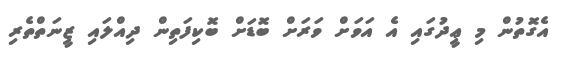
އެގޮތުން މި ޢީދުގައި އެ އަވަށް ވަރަށް ބޮޑަށް ބޮކިފަތިން ދިއްލައި ޒީނަތްތެރި